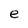
Character: e